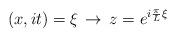
LaTeX: \begin{align*}(x,it)=\xi \, \rightarrow \, z=e^{i\frac{\pi }{L}\xi }\end{align*}